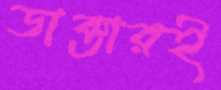
ডাক্তারই